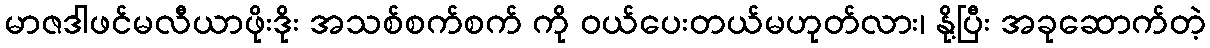
မာဇဒါဖင်မလီယာဖိုးဒိုး အသစ်စက်စက် ကို ဝယ်ပေးတယ်မဟုတ်လား၊ နို့ပြီး အခုဆောက်တဲ့